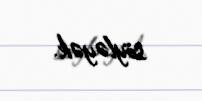
söyləyək.